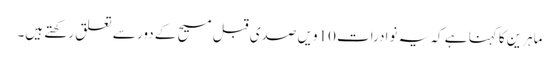
ماہرین کا کہنا ہے کہ یہ نوادرات 10ویں صدی قبل مسیح کے دور سے تعلق رکھتے ہیں۔